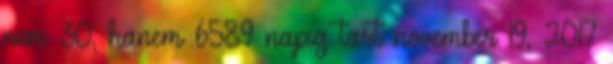
nem 30, hanem 6589 napig tart november 19, 2017